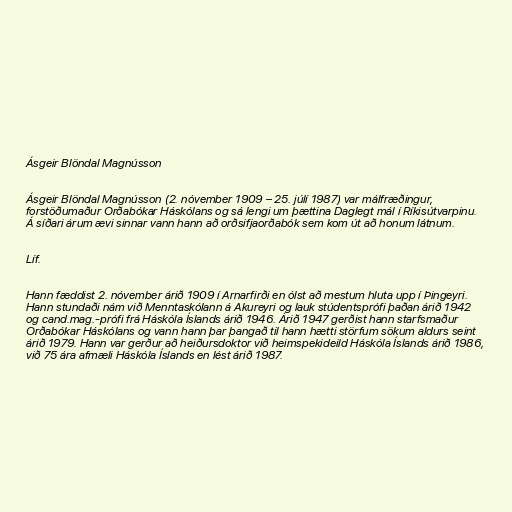
Ásgeir Blöndal Magnússon

Ásgeir Blöndal Magnússon (2. nóvember 1909 – 25. júlí 1987) var málfræðingur,
forstöðumaður Orðabókar Háskólans og sá lengi um þættina Daglegt mál í Ríkisútvarpinu.
Á síðari árum ævi sinnar vann hann að orðsifjaorðabók sem kom út að honum látnum.

Líf.

Hann fæddist 2. nóvember árið 1909 í Arnarfirði en ólst að mestum hluta upp í Þingeyri.
Hann stundaði nám við Menntaskólann á Akureyri og lauk stúdentsprófi þaðan árið 1942
og cand.mag.-prófi frá Háskóla Íslands árið 1946. Árið 1947 gerðist hann starfsmaður
Orðabókar Háskólans og vann hann þar þangað til hann hætti störfum sökum aldurs seint
árið 1979. Hann var gerður að heiðursdoktor við heimspekideild Háskóla Íslands árið 1986,
við 75 ára afmæli Háskóla Íslands en lést árið 1987.